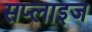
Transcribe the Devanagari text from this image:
सप्लाइज